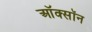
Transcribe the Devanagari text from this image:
ऑक्सॉन